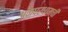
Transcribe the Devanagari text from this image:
अक्षरधामची